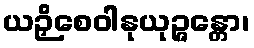
ယဉှိစေဝါနုယုဉ္ဇန္တော၊